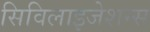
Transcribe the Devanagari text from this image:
सिविलाइजेशन्स